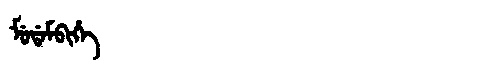
Manchu: ᠮᡠᡩᠠᠮᠪᡳᡥᡝ
Romanization: MUDAMBIHE